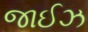
જાઈઝ